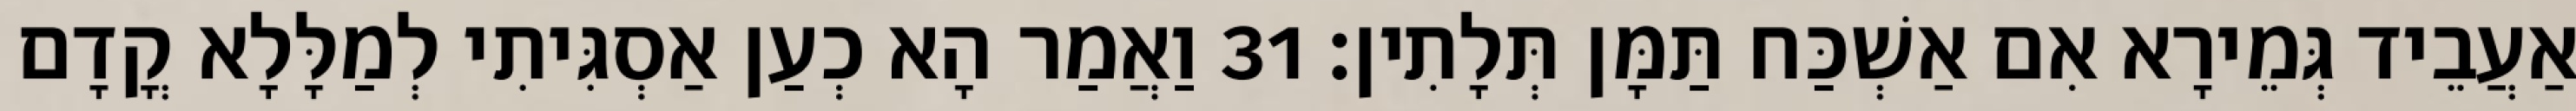
אַעֲבֵיד גְּמֵירָא אִם אַשְׁכַּח תַּמָּן תְּלָתִין׃ 31 וַאֲמַר הָא כְעַן אַסְגִּיתִי לְמַלָּלָא קֳדָם